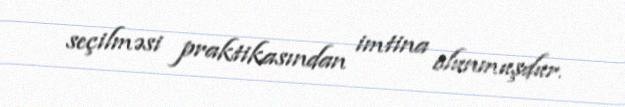
seçilməsi praktikasından imtina olunmuşdur.